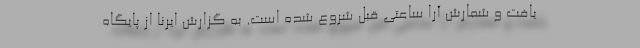
یافت و شمارش آرا ساعتی قبل شروع شده است. به گزارش ایرنا از پایگاه